Annual report of the Punjab Veterinary College and of the Civil Veterinary Department, Punjab - 1909-1919
Year: 1909
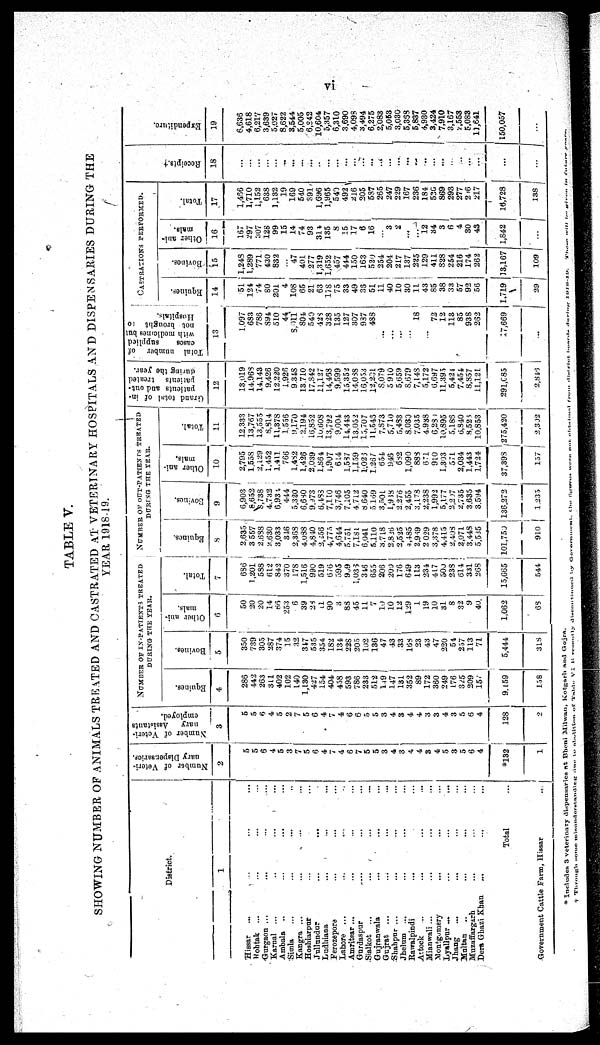
vi
TABLE V.
SHOWING NUMBER OF ANIMALS TREATED AND CASTRATED AT VETERINARY HOSPITALS AND DISPENSARIES DURING THE
YEAR 1918-19.
District.
1
Hissar ... ... ... ...
Rohtak ... ... ... ...
Gurgaon ... ... ... ...
Karnal ... .. ... ...
Ambala
.. ... ... ...
Simla ... ... ... ...
Kangra ... ... ... ...
Hoshiarpur ... ...
Jullundur ... ...
Ludhiana ... ... ...
Ferozepore ... ... ...
Lahore ...
Amritsar ... ... ... ...
Gurdaspur ... ... ...
Sialkot
... ... ... ...
Gujranwala
... ... ...
Gujrat ... ... ... ...
Shahpnr ... ... ... ...
Jhelum
... ... ... ...
Rawalpindi
...
...
Attock
...
... ... ...
Mianwali ... ... ... ...
Montgemery ... ... ...
Lyallpur ... ... ... ...
Jhang
...
... ... ...
Multan .. ... ... ...
Muzaffargarh ... ... ...
Dera Ghazi Khan
... ... ...
Total
Government Cattle Farm, Hissar
...
Number of Veteri-
nary Dispensaries.
2
5
5
6
4
5
3
7
5
6
4
7
4
6
7
5
5
3
4
3
4
4
3
4
5
3
5
6
4 |
*132
1
Number
of Veteri-
nary
Assistants
employed.
3
5
5
6
4
5
2
7
5
6
4
7
4
6
6
5
5
3
4
3
4
4
3
3
4
3
5
6
4
128
2
NUMBER OF IN-PATIENTS TREATED
DURING THE YEAR.
Equines.
4
286
442
263
311
402
102
140
1,130
427
154
404
458
593
786
233
512
149
147
131
352
89
172
360
249
1.76
325
209
157
9,159
158
Boviues.
5
350
739
305
287
374
15
32
347
535
354
182
134
228
205
102
136
47
43
33
168
23
43
47
220
54
257
113
71
5,444
318
Other ani-
mals.
6
50
20
20
14
66
253
6
39
28
81
90
3
88
45
11
7
10
10
12
129
1
19
10
31
8
32
9
40.
1,062
68
Total.
7
686
1,201
588
612
842
370
178
1,516
990
519
676
595
909
1,036
346
655
206
200
176
649
113
234
417
500
238
614
331
268
15,665
544
NUMBER OF OUT-PATIENTS TREATED
DURING THE YEAR.
Equines.
8
2,635
3 557
2,688
2,630
3,033
316
2,368
4,038
4,840
2,256
4,775
4,644
5.751
7,181
6,041
5,110
3,718
2,826
2,525
4,485
2,969
2 029
3,378
4,415
2,403
2,071
3,448
5,535
101,750
910
Bovines.
9
6,903
8,652
8,738
4.732
6,934
444
5,320
6,680
9,973
6,483
7,110
3,746
7,105
4.712
8,640
5.1.59
3,501
1,938
2.276
2,455
3,178
2,238
1,992
5,177
2,207
2,735
3.635
3,594
136,272
1,235
Other ani-
mals.
10
2,795
1,558
2,129
1,452
1,411
766
1,482
1,426
2,039
1,864
1,907
614
1,587
1,159
1,026
1,267
654
946
632
1,090
888
671
910
1,303
571
2,034
1,443
1,724
37,398
157
Total.
11
12,333
13,767
13,555
8,814
11,378
1.556
0.170
2.194
16,852
10,608
13,792
9,004
14,443
13,052
15,707
11,543
7,873
5,710
5,483
8,030
7.035
4.938
6,280
10,895
5,186
6,840
8,526
10,853
275,420
2,302
Grand total of in-
patients and out-
patients
treated
during the year.
12
13,019
14,968
14,143
9,426
12,220
1,926
9.348
13.710
17,842
11,127
14,468
9,599
15,352
14,038
16,053
12,261
8,079
5 910
5,659
8,679
7,148
5,172
6,697
11,395
5,424
7,454
8,857
11,121.
291,085
2,848
Total number of
cases
supplied
with medicines but
not brought to
Hospitals.
13
1.097
683
786
894
510
44
8,011
804
540
42S
328
135
127
307
937
488
...
...
...
...
18
...
72
12
113
85
938
262
17,669
...
CASTRATIONS PERFORMED.
Equines.
14
51
124
74
80
201
4
108
65
21
63
178
75
33
49
38
51
11
40
10
30
11
43
85
38
33
57
92
56
1,719
29
Bovines.
15
1,248
1,289
771
430
832
47
401
277
1,319
1,652
457
444
150
163
520
254
204
217
137
225
129
411
828
254
216
174
262
13,167
109
Other ani-
mals.
16
167
297
307
128
99
15
14
74
93
314
135
8
15
17
6
16
...
3
2
...
...
12
34
3
6
4
30
43
1,842
...
Total.
17
1,466
1,710
1,152
638
1,132
19
169
540
391
1,696
1,965
540
492
216
205
587
265
247
229
167
236
184
520
869
293
277
296
217
16,728
138
Recei pt s. †
18
...
...
...
...
...
...
...
...
...
..
...
...
...
...
...
...
...
...
...
...
...
...
...
...
...
...
...
...
...
...
Expendi t
ur e.
19
6,636
4,618
6,217
3,639
5,027
8,622
3,544
5,005
6,842
10,604
5,357
6,310
3.690
4,093
3,494
6,275
2,083
5,063
3,030
5,353
5,837
4,930
3,424
7,910
3,167
2,553
5,083
11,641
150,057
...
* Includes 3 veterinary dispensaries at Bheni Milwan, Kotgarh and Gojra.
† Through
some
misunderstading
due
to
abolition
of
Table
VI
B
recently
discontinued
by
Government, the figures were not obtained from district boards during 1918-19. These will be given in future years.